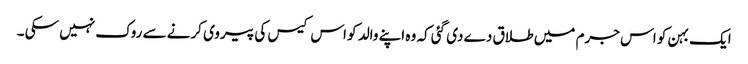
ایک بہن کو اس جرم میں طلاق دے دی گئی کہ وہ اپنے والد کو اس کیس کی پیروی کرنے سے روک نہیں سکی ۔